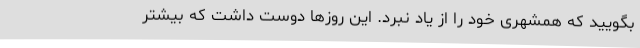
بگویید که همشهری خود را از یاد نبرد. این روزها دوست داشت که بیشتر